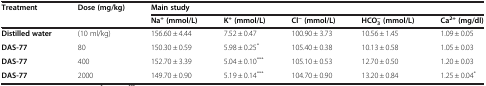
| Treatment | Dose (mg/kg) | <COLSPAN=5> Main study |
 |  |  | Na+(mmol/L) | K+(mmol/L) | Cl−(mmol/L) | HCO3−(mmol/L) | Ca2+(mg/dl) |
 | --- | --- | --- | --- | --- | --- | --- |
 | Distilled water | (10 ml/kg) | 156.60 ± 4.44 | 7.52 ± 0.47 | 100.90 ± 3.73 | 10.56 ± 1.45 | 1.09 ± 0.05 |
 | DAS-77 | 80 | 150.30 ± 0.59 | 5.98 ± 0.25* | 105.40 ± 0.38 | 10.13 ± 0.58 | 1.05 ± 0.03 |
 | DAS-77 | 400 | 152.70 ± 3.39 | 5.04 ± 0.10*** | 105.10 ± 0.53 | 12.70 ± 0.50 | 1.20 ± 0.03 |
 | DAS-77 | 2000 | 149.70 ± 0.90 | 5.19 ± 0.14*** | 104.70 ± 0.90 | 13.20 ± 0.84 | 1.25 ± 0.04* |